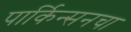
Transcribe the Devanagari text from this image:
पार्किन्सनचा